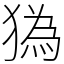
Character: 㺔